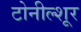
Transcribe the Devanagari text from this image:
टोनील्शूर